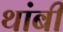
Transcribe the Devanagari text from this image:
थांबी